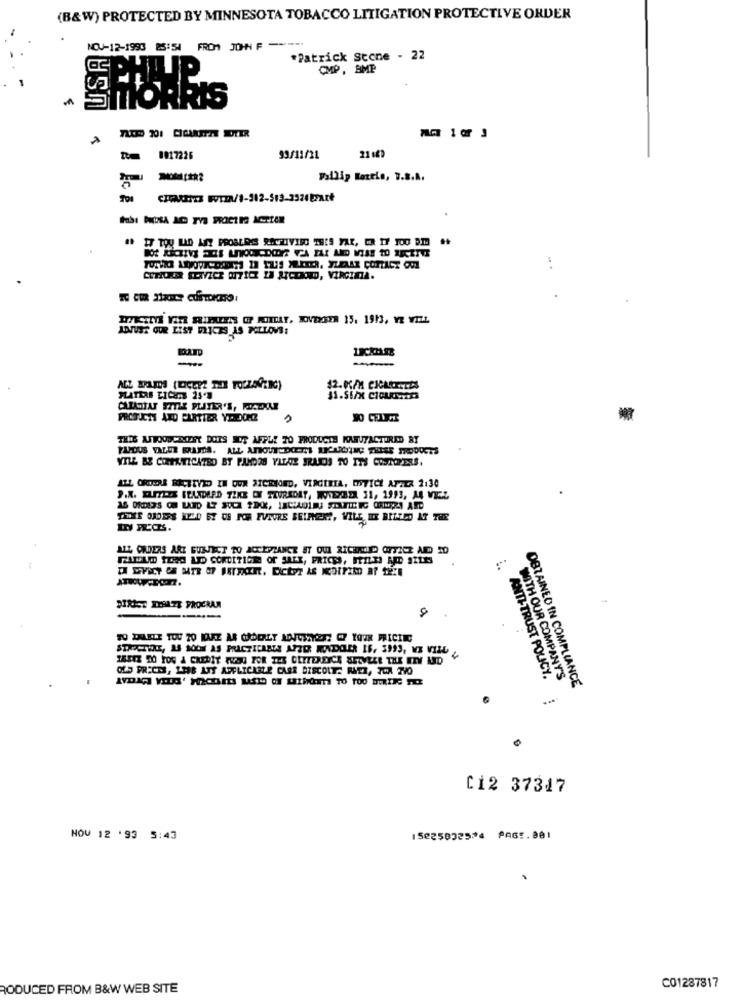
(B&W) PROTECTED BY MINNESOTA TOBACCO LITIGATION PROTECTIVE ORDER
USA
NOV-12-1993 25:54 FROM JOHN F ----
*Patrick Stone - 22
CMP, BMP
8017225
99/11/21
21 1
Fallip Rozein, 7.8.8.
Ec &
# IT TOU LID ANT PROBLRS SPYZIVISO THIS FAR, OR IF 100 DI ..
CUTAUKER SEXYZCE DUTICZ IA XICOROND, VIRGINIA.
ADJUST OUR LIST PRICES AS FOLLOWS:
CARLOIAF STTHE PLAYER'S, MICHAE
PRODUCTS AND FARTTER YADONC
THIS AUTOODERIEST DOES NOT AFFLE 20 PRODUCTE KARUFACTURED BY
VILL BE CORPATICATED BY PANDOS YALDE FRAIS TO ITS COSAOPERS.
ALL ORDERS RECEIVED IN OUR SICRIORD, VIRGINIA, MSVICE AFTER 2:30
J.X. DIZLES SEANDARD TZKE OF TZVREDET, WIEBEL 31, 1993, A4 VIEZ
TITLE OJDERS NED ET CS FOR EVEURE SEIFER ?, VILE, HE BILLED AT THE
ALL ORDERS ARE SUBJECT TO ACCEPTANCE ET OUI RICEMID OFFICE AND 20
PAID TOEd LID CONDITION OF SALE, PRICES, FILE RAD SZLE
MIRIST IDA.73 PROCRAM
STAPPETHREE, AS SOON AS PRACTICABLE APTO MONDOLER 16, 5993, WE VILL
OLD PRICES, 1388 ANY APPLICABLE CAER DISCOLT. RATE, TOUX TVO
WITH OUR COMPANY'S
ANTI-TRUST POLICY.
OBTAINED IN COMPLIANCE
C12 37317
NOV 12 '99 5:43
15225022524 PAGE.981
RODUCED FROM B&W WEB SITE
C01287817